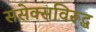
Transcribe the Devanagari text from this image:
ससेक्सविरूद्ध